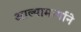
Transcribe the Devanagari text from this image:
आल्यामार्गाने